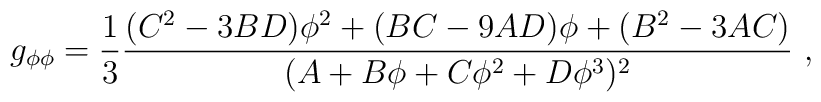
g_{\phi \phi}= {1 \over 3} {(C^2 - 3 BD) \phi^2 + (BC -9 AD) \phi + (B^2 -3AC) \over (A + B \phi  + C \phi^2 + D \phi^3 )^2 }\ ,